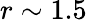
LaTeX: r\sim 1.5